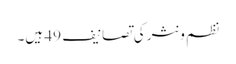
نظم و نثر کی تصانیف 49 ہیں۔